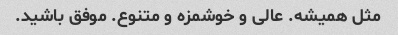
مثل همیشه. عالی و خوشمزه و متنوع. موفق باشید.